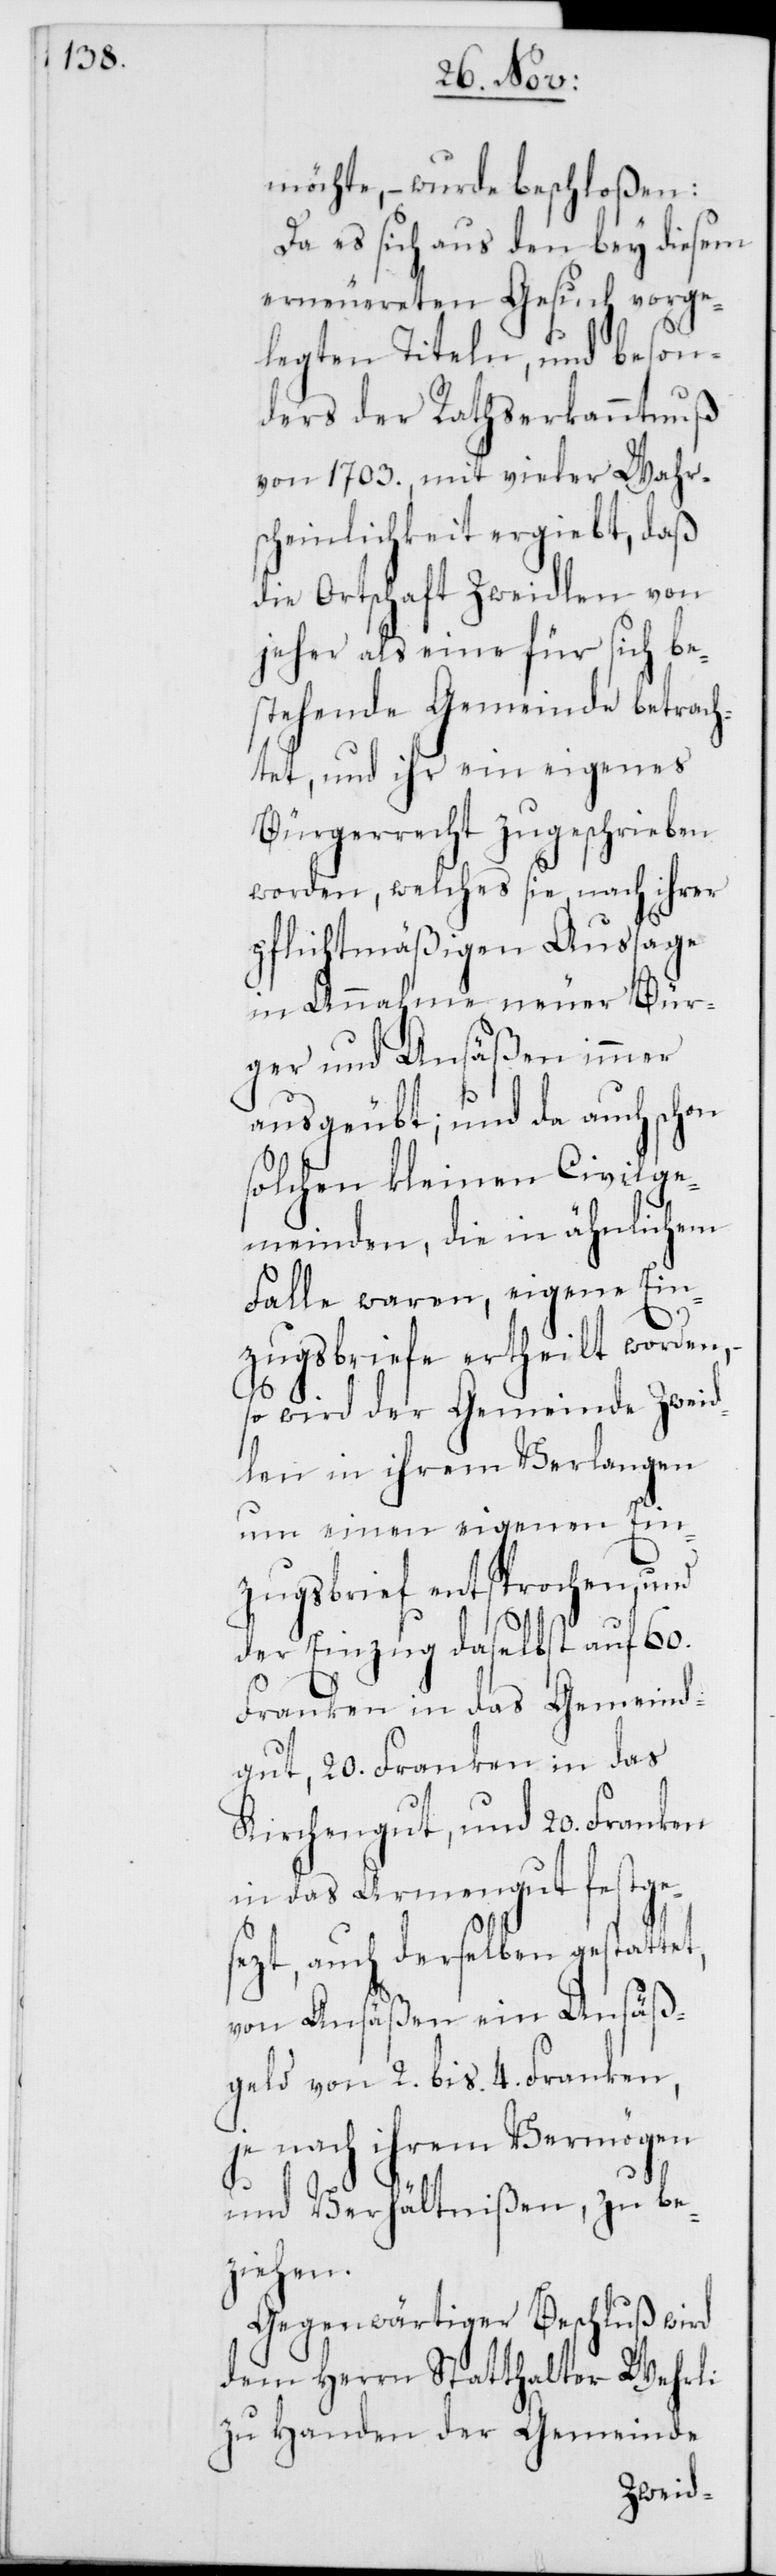
möchte, – wurde beschloßen:
Da es sich aus den bey diesem
erneuereten Gesuch vorge¬
legten Titeln, und beson¬
ders der Rathserkanntnuß
von 1703., mit vieler Wahrs¬
cheinlichkeit ergiebt, daß
die Ortschaft Zweidlen von
jeher als eine für sich be¬
stehende Gemeinde betrach¬
tet, und ihr ein eigenes
Bürgerrecht zugeschrieben
worden, welches sie, nach ihrer
pflichtmäßigen Aussage
in Annahme neuer Bür¬
ger und Ansäßen immer
ausgeübt; und da auch schon
solchen kleinen Civilge¬
meinden, die in ähnlichem
Falle waren, eigene Ein¬
zugsbriefe ertheilt worden,
so wird der Gemeinde Zweid¬
len in ihrem Verlangen
um einen eigenen Ein¬
zugsbrief entsprochen und
der Einzug daselbst auf 60.
Franken in das Gemeind¬
gut, 20. Franken in das
Kirchengut, und 20. Franken
in das Armengut festge¬
sezt, auch derselben gestattet,
von Ansäßen ein Ansäß¬
geld von 2. bis 4. Franken,
je nach ihrem Vermögen
und Verhältnißen, zu be¬
ziehen.
Gegenwärtiger Beschluß wird
dem Herrn Statthalter Wehrli
zu Handen der Gemeinde